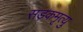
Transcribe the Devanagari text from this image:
सड़कमृत्यु